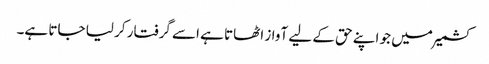
کشمیر میں جو اپنے حق کے لیے آواز اٹھاتا ہے اسے گرفتار کر لیا جاتا ہے۔